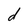
Character: d